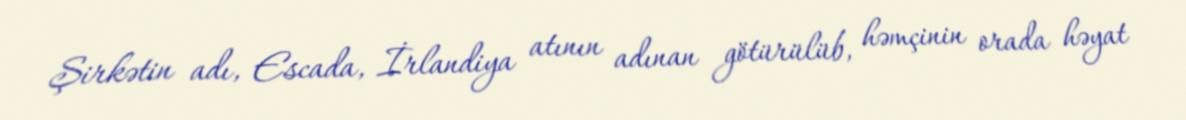
Şirkətin adı, Escada, İrlandiya atının adınan götürülüb, həmçinin orada həyat